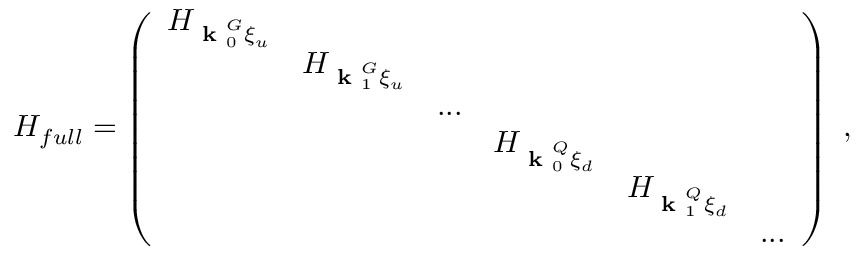
H _ { f u l l } = \left( \begin{array} { l l l l l l } { H _ { \textbf { k } _ { 0 } ^ { G } \xi _ { u } } } & & & & & \\ & { H _ { \textbf { k } _ { 1 } ^ { G } \xi _ { u } } } & & & & \\ & & { . . . } & & & \\ & & & { H _ { \textbf { k } _ { 0 } ^ { Q } \xi _ { d } } } & & \\ & & & & { H _ { \textbf { k } _ { 1 } ^ { Q } \xi _ { d } } } & \\ & & & & & { . . . } \end{array} \right) ~ ,